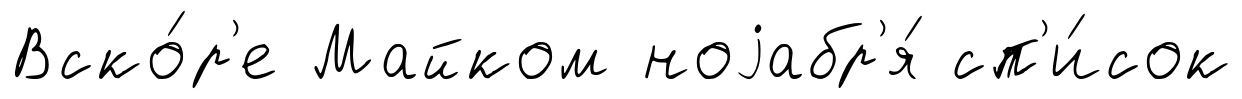
Вско́р'е Майком ноjабр'я́ сп'и́сок